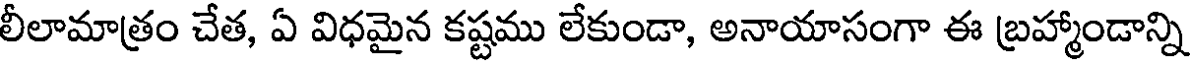
లీలామాత్రం చేత, ఏ విధమైన కష్టము లేకుండా, అనాయాసంగా ఈ బ్రహ్మాండాన్ని